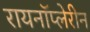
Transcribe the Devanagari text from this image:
रायनॉप्लेरीन